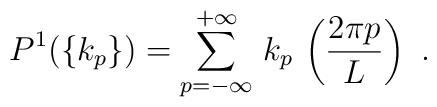
P^1(\{k_p\})=\sum_{p=-\infty}^{+\infty}\,k_p\,\left(\frac{2\pi p}{L}\right)\ .